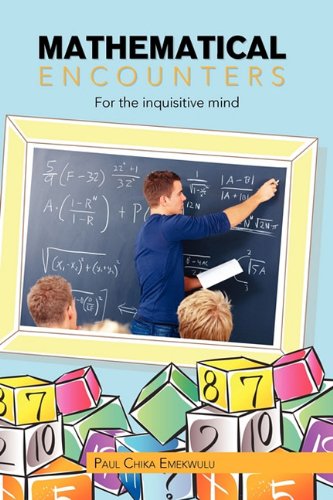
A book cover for Mathematical Encounters; Paul Chika Emekwulu; Science & Math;